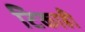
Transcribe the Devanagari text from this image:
टिकाही